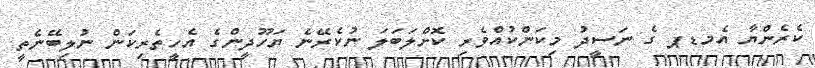
ކެރެންޔާ އެމޑޕ ގެ ނަސީދު މިކަންކުއްވެރި ކޮށްލަބަލަ ނުކެރޭނެ ޔަހޫދީންގެ އެހީތެރިކަން ނުލިބޭނެތީ